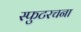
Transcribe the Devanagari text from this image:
स्फुटरचना